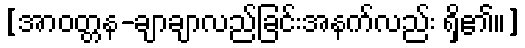
[အာဝတ္တန-ချာချာလည်ခြင်းအနက်လည်း ရှိ၏။]